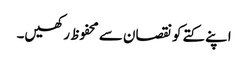
اپنے کتے کو نقصان سے محفوظ رکھیں۔